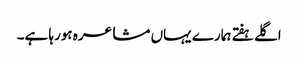
اگلے ہفتے ہمارے یہاں مشاعرہ ہورہا ہے۔